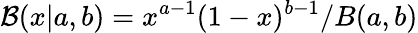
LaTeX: \mathcal{B}(x|a,b)=x^{a-1}(1-x)^{b-1}/B(a,b)